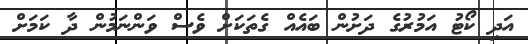
އަދި ކޯޓު އަމުރުގެ ދަށުން ބައެއް ގެތަކަށް ވެސް ވަންނަމުން ދާ ކަމަށް